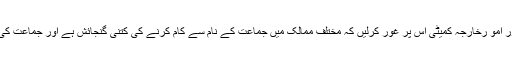
شعبہ اُمور خارجہ کے ناظم اور اُمو رخارجہ کمیٹی اس پر غور کرلیں کہ مختلف ممالک میں جماعت کے نام سے کام کرنے کی کتنی گنجائش ہے اور جماعت کی اس سلسلہ میں کیا حکمت ہو ۔